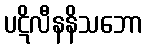
ပဋိလီနနိသဘော